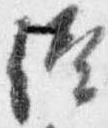
給